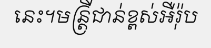
នេះ។មន្ត្រីជាន់ខ្ពស់អឺរ៉ុប